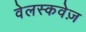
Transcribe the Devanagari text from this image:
वेलस्कवेज़